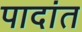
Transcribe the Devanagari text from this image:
पादांत